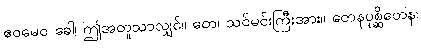
ဧဝမေဝ ခေါ၊ ဤအတူသာလျှင်။ တေ၊ သင်မင်းကြီးအား။ တေနပုစ္ဆိတေန၊